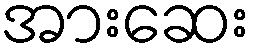
အားဆေး